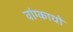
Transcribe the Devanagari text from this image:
वांग्कायो